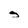
Character: s